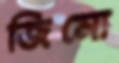
জিমো